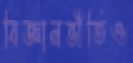
বিজ্ঞানভীতিও